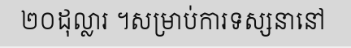
២០ដុល្លារ ។សម្រាប់ការទស្សនានៅ